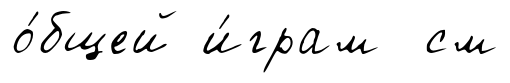
о́бщей и́грам см